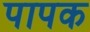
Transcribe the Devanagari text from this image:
पापक